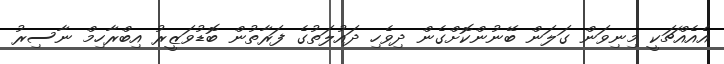
އެއެއްޗަކީ މިނިވަން ގަލަން ބޭނުންކޮށްގެން ދިވެހި ދައުލަތުގެ ފަރާތުން ބޮޑުވަޒީރު އިބްރާހިމް ނާސިރު